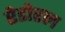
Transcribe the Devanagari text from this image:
ऐडोरल